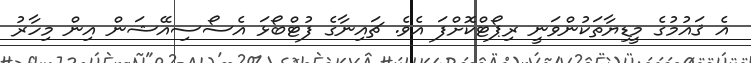
އެ ޤައުމުގެ މީޑިޔާތަކުންވަނީ ރިޕޯޓްކޮށްފަ އެވެ. ޗައިނާގެ ފުޓްބޯޅަ އެސޯސިއޭޝަން އިން މިހާރު